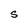
Character: S